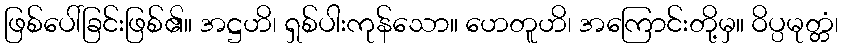
ဖြစ်ပေါ်ခြင်းဖြစ်၏။ အဋ္ဌဟိ၊ ရှစ်ပါးကုန်သော။ ဟေတူဟိ၊ အကြောင်းတို့မှ။ ဝိပ္ပမုတ္တံ၊